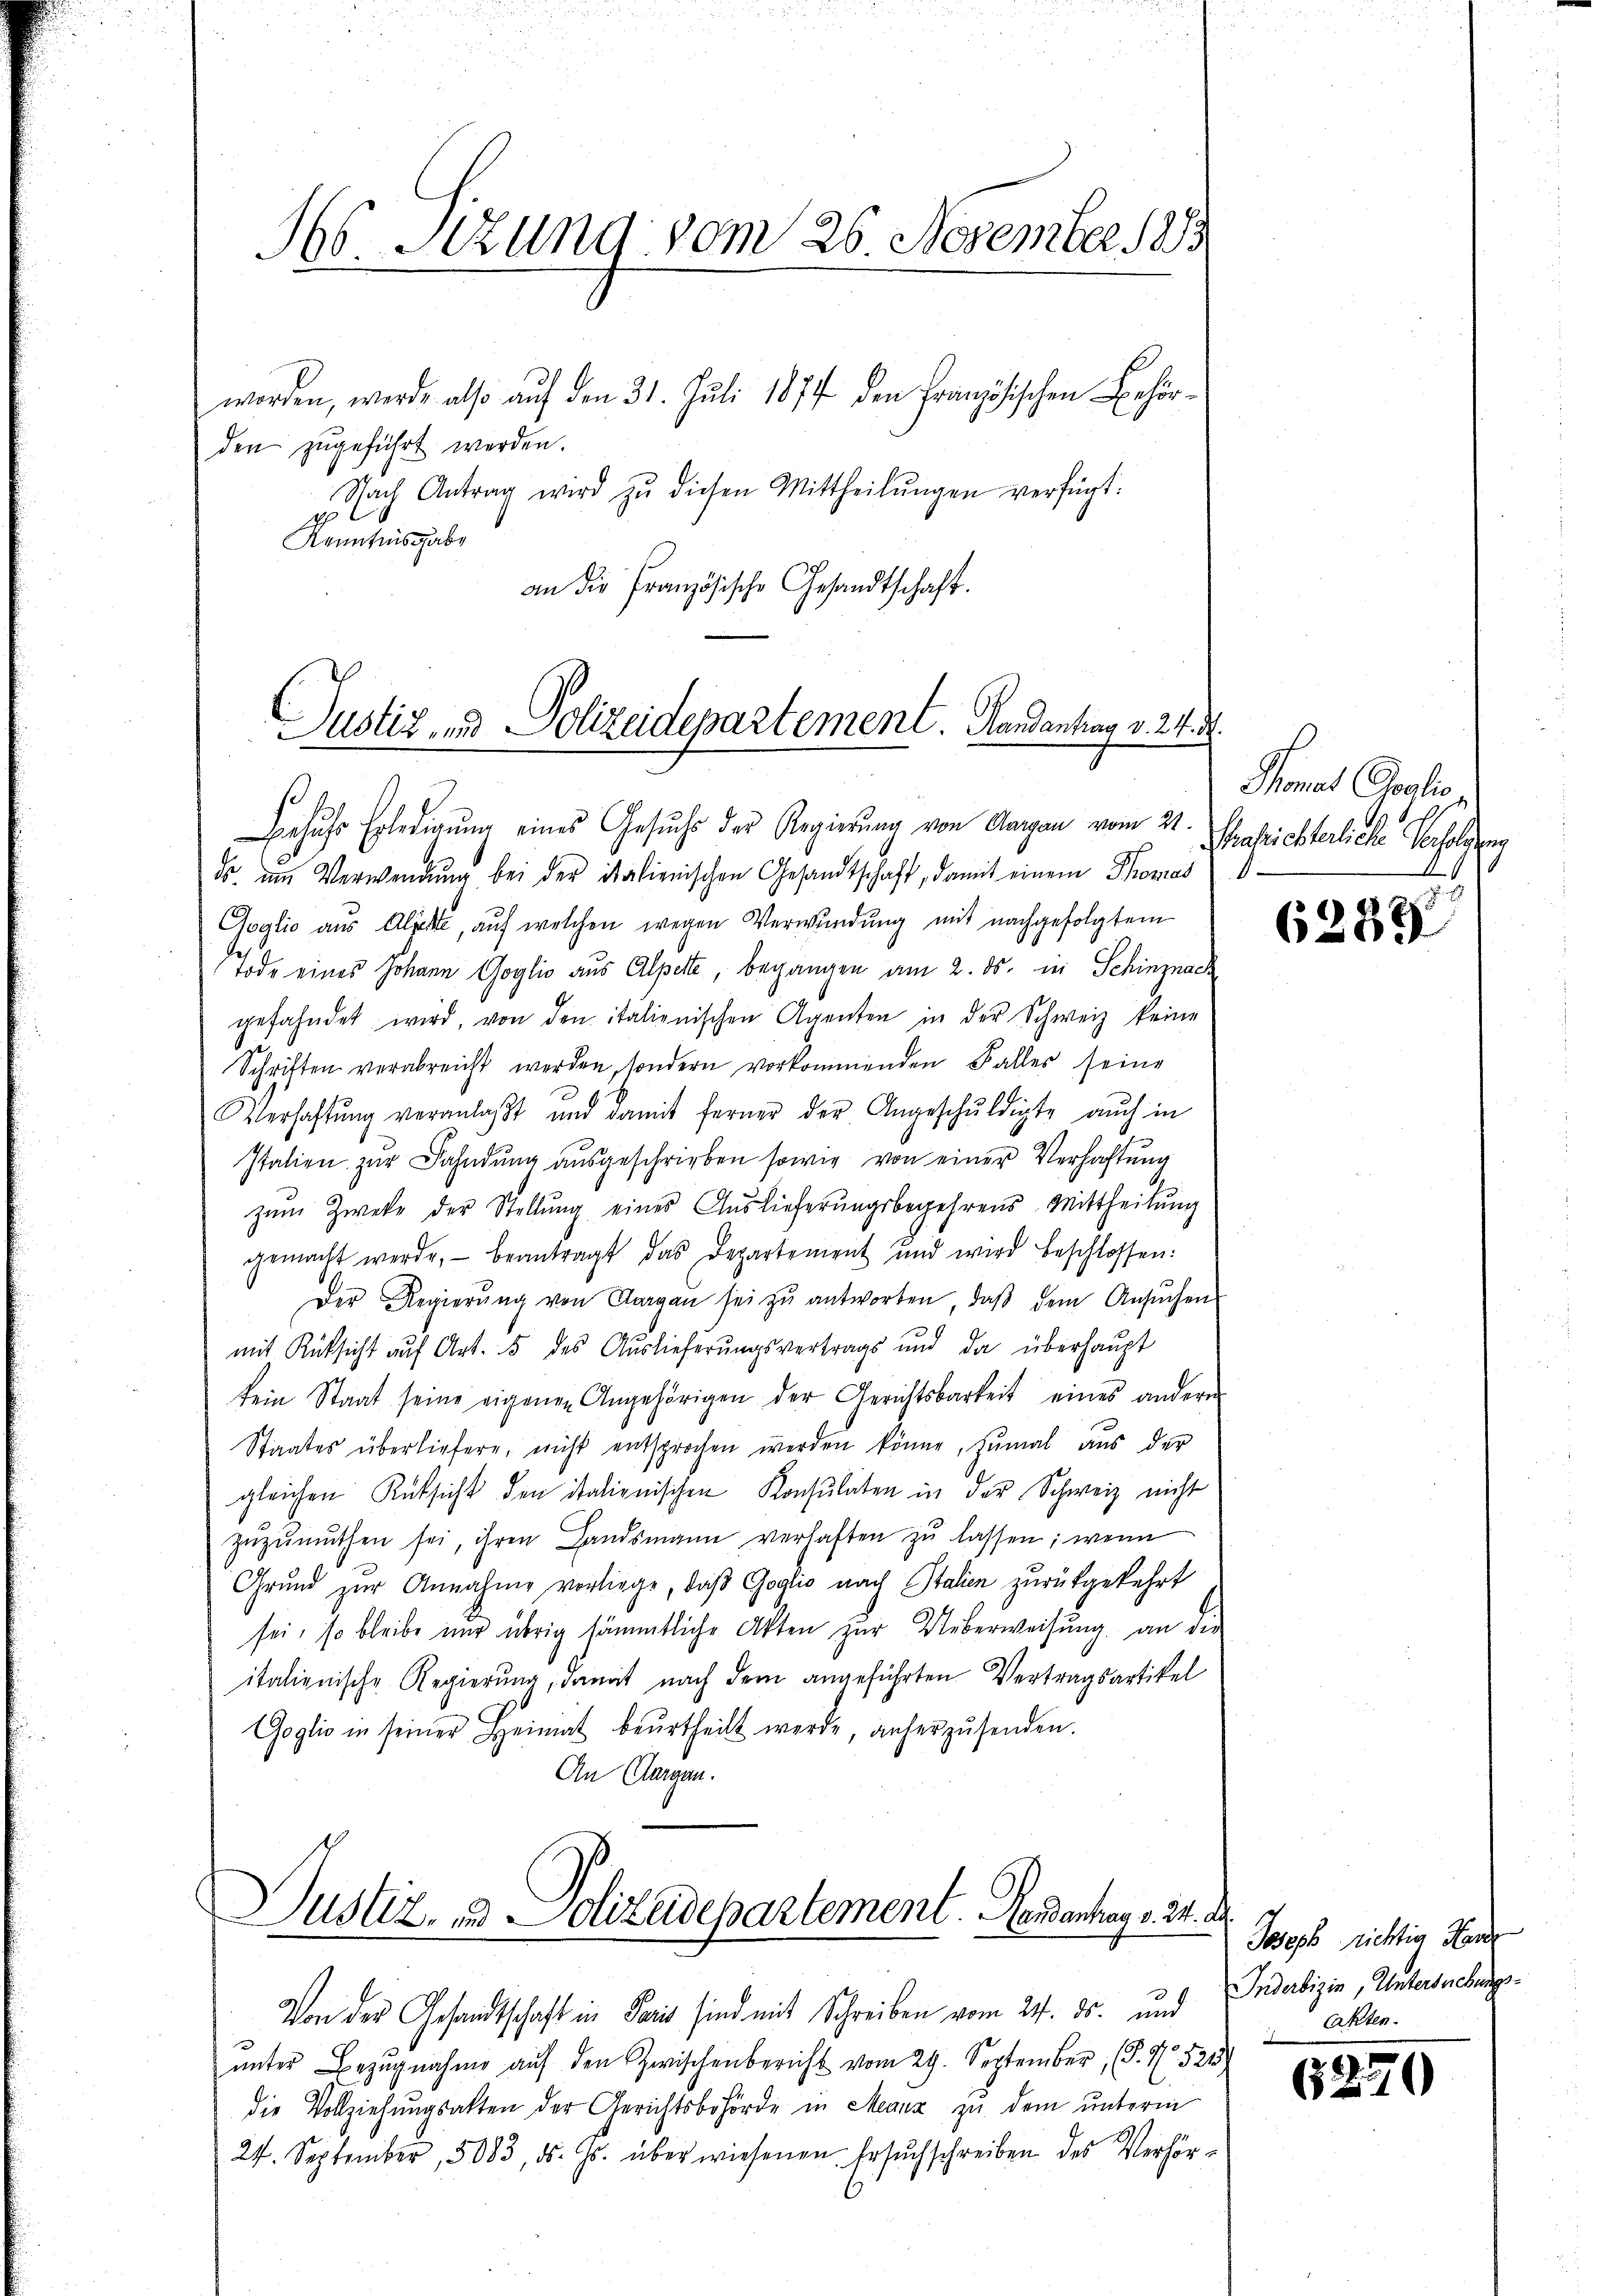
H Sizung vom 26 November 1883

worden, werde also auf den 31. Juli 1874 den Französischen Behörden zugeführt werden.
Nach Antrag wird zŭ diesen Mittheilŭngen verfügt:
Kenntnisgabe
an die Französische Gesandtschaft.

Justiz- u Polizeidepartement. Handantrag v. 24. d.

Behŭfs Erledigŭng eines Gesŭchs der Regierung von Aargau vom 21.
ds am Verwendung bei der italienischen Gesandtschaft, damit einem Thomas
Goglio aus Alitte, aŭf welchen wegen Verwŭndŭng mit nachgefolgtem
Tode eines Johann Goglio aus Alperte begangen am 2. ds. in Schinznach
gefahndet wird, von den italienischen Agenten in der Schweiz keine
Schritten verabreicht werden, sondern vorkommenden Falles seine
Verhaftung veranlaßt und damit ferner der Angeschuldigte auch in
Italien zŭr Fahndŭng aŭsgeschrieben sowie von einer Verhaftung
zŭm Zwecke der Stellŭng eines Auslieferŭngsbegehrens Mittheilŭng
gemacht werde, beantragt das Departement und wird beschlossen:
Der Regierŭng von Aargau sei zŭ antworten, daβ dem Ansŭchen
mit Rücksicht auf Art. 5 des Auslieferungsvertrags und da überhaupt
kein Staat seine eigenen Angehörigen der Gerichtsbarkeit eines andere
Staates überliefern, nicht entsprochen werden könne, zumal aus der
gleichen Rüksicht den italienischen Konsulaten in der Schweiz nicht
zŭzŭmŭthen sei, ihren Landsmann verhaften zŭ lassen; wenn
Grŭnd zŭr Annahme vorliege, daβ Goglio nach Italien zurückgekehrt
sei, so bleibe nur übrig sämmtliche Akten zur Ueberweisung an die
italienische Regierung, damit nach dem angeführten Vertragsartikel
Goglio in seiner Heimat beŭrtheilt werde anherzŭsenden.
An Aargau.

Justiz, und Polizeidchartement. Handenhag v. 24. d.

Von der Gesandtschaft in Paris sind mit Schreiben vom 24. ds. und
ŭnter Bezŭgnahme auf den Zwischenbericht vom 29. September, (§. No. 521

Monat Peolio
Preatischterliche Verholung

die Vollziehungsakten der Gerichtsbehörde in Menz zu dem unterm
24. September, 3083, d. Js. überwiesenen Ersuchschreiben des Verhör-

6289

Joseph richtig Hon
Inderbizin, Untersuchungs¬
Akten.

52

¬